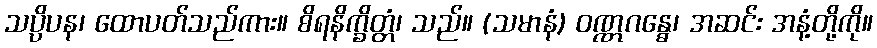
သပ္ပိပန၊ ထောပတ်သည်ကား။ စိရနိက္ခိတ္တံ၊ သည်။ (သမာနံ) ဝဏ္ဏဂန္ဓေ၊ အဆင်း အနံ့တို့ကို။